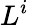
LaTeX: L^{i}